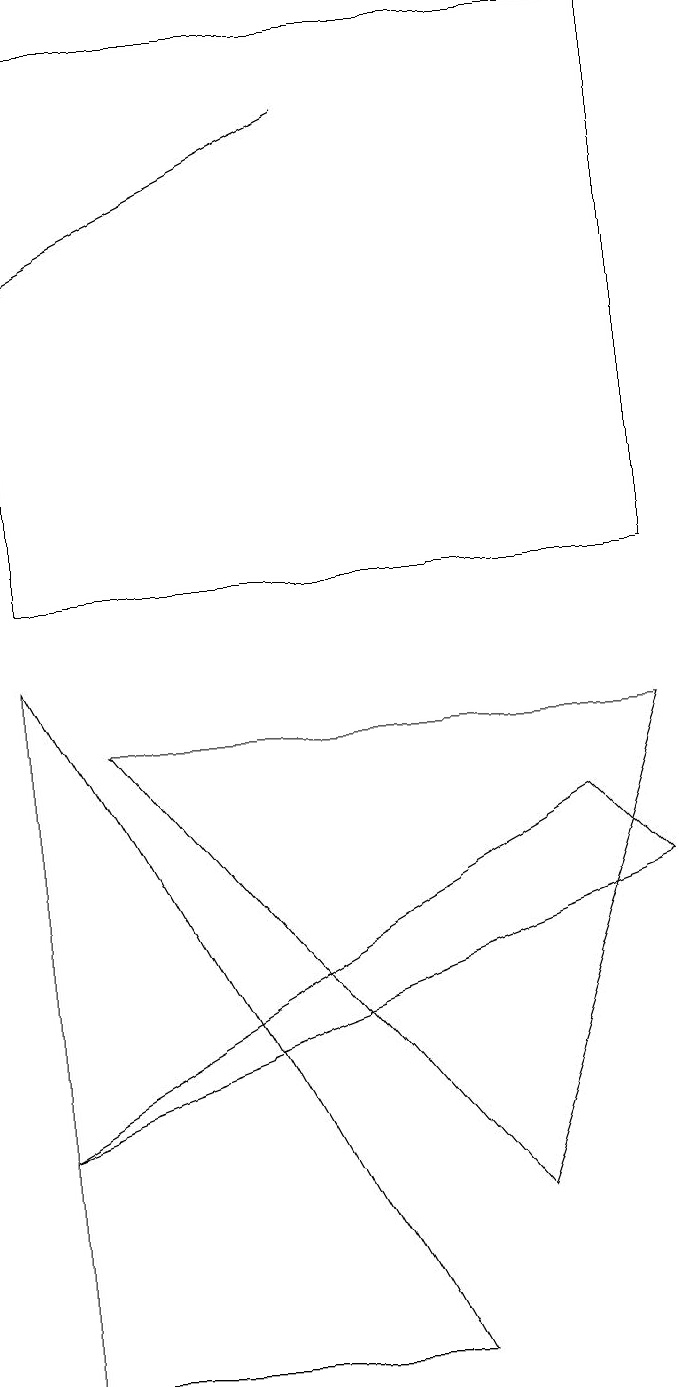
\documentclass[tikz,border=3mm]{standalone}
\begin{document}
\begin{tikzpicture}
\draw (8,10) rectangle (0,17);
\draw (0,9) -- (5,0) -- (0,0) -- cycle;
\draw (8,6) -- (7,7) -- (0,3) -- cycle;
\draw (8,8) -- (6,2) -- (1,8) -- cycle;
\draw[->] (4,16) -- (0,14);
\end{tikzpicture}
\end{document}